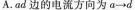
A.ad边的电流方向为a\longrightarrow d